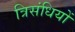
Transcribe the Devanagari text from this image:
त्रिसंधियों